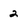
Character: 2